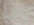
والألم